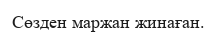
Сөзден маржан жинаған.